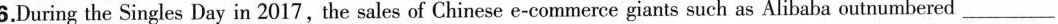
6.During the Singles Day in 2017,the sales of Chinese e-commerce giants such as Alibaba outnumbered ______